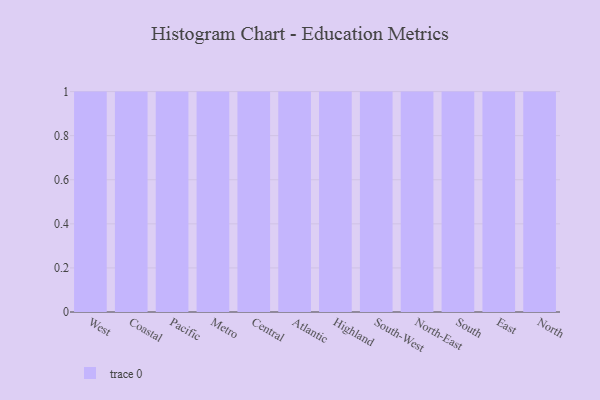
{"axis": {"x": "Region", "y": "LTV (USD)"}, "legend": [""], "data": [{"x": "West", "y": 53, "type": ""}, {"x": "Coastal", "y": 25, "type": ""}, {"x": "Pacific", "y": 15, "type": ""}, {"x": "Metro", "y": 66, "type": ""}, {"x": "Central", "y": 10, "type": ""}, {"x": "Atlantic", "y": 66, "type": ""}, {"x": "Highland", "y": 65, "type": ""}, {"x": "South-West", "y": 19, "type": ""}, {"x": "North-East", "y": 80, "type": ""}, {"x": "South", "y": 47, "type": ""}, {"x": "East", "y": 56, "type": ""}, {"x": "North", "y": 21, "type": ""}]}